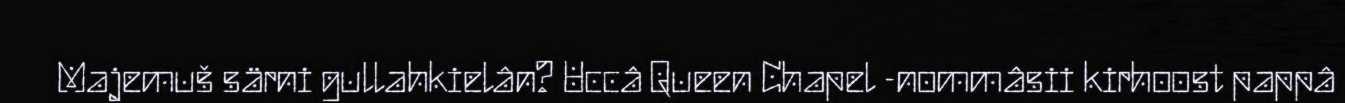
Majemuš särni gullahkielân? Uccâ Queen Chapel -nommâsii kirhoost pappâ